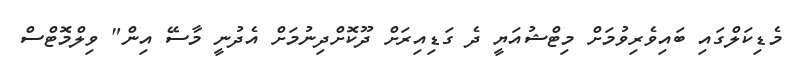
މެޑިކަލްގައި ބައިވެރިވުމަށް މިޓްޝުއަޔީ ދެ ގަޑިއިރަށް ދޫކޮށްދިނުމަށް އެދުނީ މާސޭ އިން" ވިލްމޮޓްސް